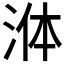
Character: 𭰟